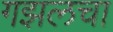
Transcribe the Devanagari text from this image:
गझलचा